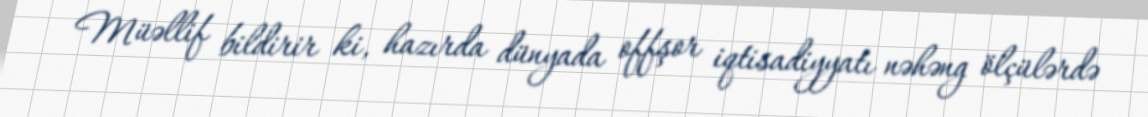
Müəllif bildirir ki, hazırda dünyada offşor iqtisadiyyatı nəhəng ölçülərdə